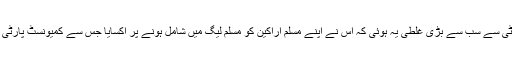
انہوں نے کہا کہ تقسیم کے وقت کمیونسٹ پارٹی سے سب سے بڑی غلطی یہ ہوئی کہ اس نے اپنے مسلم اراکین کو مسلم لیگ میں شامل ہونے پر اکسایا جس سے کمیونسٹ پارٹی کے فرقہ وارانہ جماعت ہونے کا تاثر عام ہوا۔